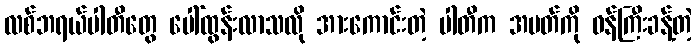
လစ်ဘရယ်ပါတီတွေ ပေါ်ထွန်းလာသလို အားကောင်းတဲ့ ပါတီက အမတ်ကို ဝန်ကြီးခန့်တဲ့